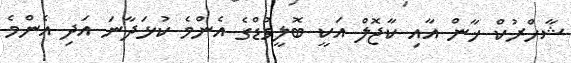
ޝާހްރުކް ޚާން އާއި ކާޖޮލް އަކީ ބޮލީވުޑްގެ އެންމެ ކުޅަދާނަ އަދި އެންމެ